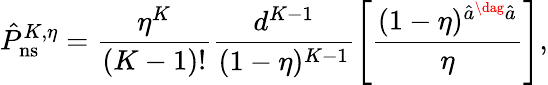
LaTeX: \hat{P}_{\mathrm{ns}}^{K,\eta}=\frac{\eta^{K}}{(K-1)!}\frac{d^{K-1}}{(1-\eta)^{K-1}}\left[\frac{(1-\eta)^{\hat{a}^{\dag}\hat{a}}}{\eta}\right],